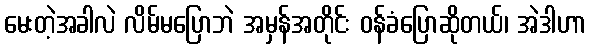
မေးတဲ့အခါလဲ လိမ်မပြောဘဲ အမှန်အတိုင်း ဝန်ခံပြောဆိုတယ်၊ အဲဒါဟာ